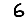
Digit: 6